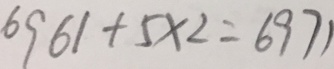
6 9 6 1 + 5 \times 2 = 6 9 7 1